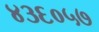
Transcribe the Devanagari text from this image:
४३६०५७